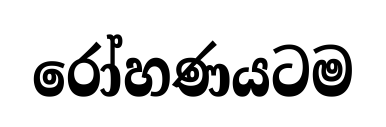
රෝහණයටම